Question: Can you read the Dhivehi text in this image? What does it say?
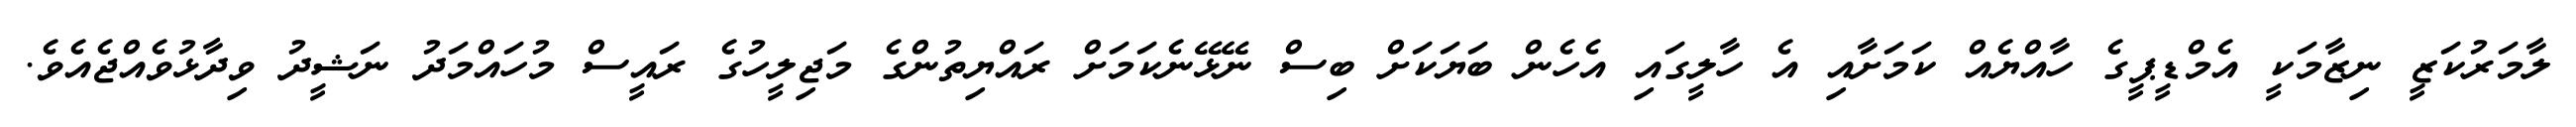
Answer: ލާމަރުކަޒީ ނިޒާމަކީ އެމްޑީޕީގެ ހާއްޔެއް ކަމަށާއި އެ ހާލީގައި އެހެން ބަޔަކަށް ބިސް ނޭޅޭނެކަމަށް ރައްޔިތުންގެ މަޖިލީހުގެ ރައީސް މުހައްމަދު ނަޝީދު ވިދާޅުވެއްޖެއެވެ.